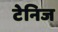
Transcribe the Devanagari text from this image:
टेनिज